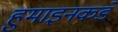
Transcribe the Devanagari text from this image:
हुमाइनकडे